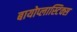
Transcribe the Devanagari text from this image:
बायोप्लास्टिक्स